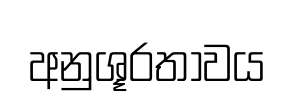
අනුශූරතාවය